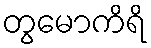
တွမောကိရိ